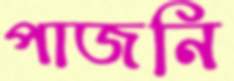
পাজনি